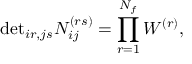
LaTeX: \mathrm { d e t } _ { i r , j s } N _ { i j } ^ { ( r s ) } = \prod _ { r = 1 } ^ { N _ { f } } W ^ { ( r ) } ,